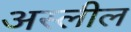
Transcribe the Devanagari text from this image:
अस्लील